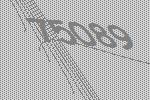
75089